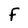
Character: F